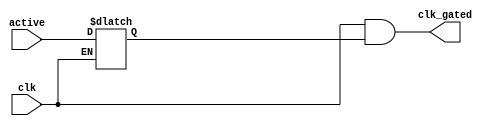
// $Id: c_clkgate.v 5188 2012-08-30 00:31:31Z dub $

/*
 Copyright (c) 2007-2012, Trustees of The Leland Stanford Junior University
 All rights reserved.

 Redistribution and use in source and binary forms, with or without
 modification, are permitted provided that the following conditions are met:

 Redistributions of source code must retain the above copyright notice, this 
 list of conditions and the following disclaimer.
 Redistributions in binary form must reproduce the above copyright notice, this
 list of conditions and the following disclaimer in the documentation and/or
 other materials provided with the distribution.

 THIS SOFTWARE IS PROVIDED BY THE COPYRIGHT HOLDERS AND CONTRIBUTORS "AS IS" AND
 ANY EXPRESS OR IMPLIED WARRANTIES, INCLUDING, BUT NOT LIMITED TO, THE IMPLIED
 WARRANTIES OF MERCHANTABILITY AND FITNESS FOR A PARTICULAR PURPOSE ARE 
 DISCLAIMED. IN NO EVENT SHALL THE COPYRIGHT OWNER OR CONTRIBUTORS BE LIABLE FOR
 ANY DIRECT, INDIRECT, INCIDENTAL, SPECIAL, EXEMPLARY, OR CONSEQUENTIAL DAMAGES
 (INCLUDING, BUT NOT LIMITED TO, PROCUREMENT OF SUBSTITUTE GOODS OR SERVICES;
 LOSS OF USE, DATA, OR PROFITS; OR BUSINESS INTERRUPTION) HOWEVER CAUSED AND ON
 ANY THEORY OF LIABILITY, WHETHER IN CONTRACT, STRICT LIABILITY, OR TORT
 (INCLUDING NEGLIGENCE OR OTHERWISE) ARISING IN ANY WAY OUT OF THE USE OF THIS
 SOFTWARE, EVEN IF ADVISED OF THE POSSIBILITY OF SUCH DAMAGE.
*/

//==============================================================================
// a generic clock gating module
//==============================================================================

module c_clkgate
  (clk, active, clk_gated);
   
   input clk;
   input active;
   
   output clk_gated;
   wire clk_gated;
   
   reg 	active_q;
   always @(clk, active)
     begin
	if(clk == 0)
          active_q <= active;
     end
   
   assign clk_gated = clk & active_q;
   
endmodule